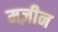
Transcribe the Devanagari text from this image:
मज़ीन